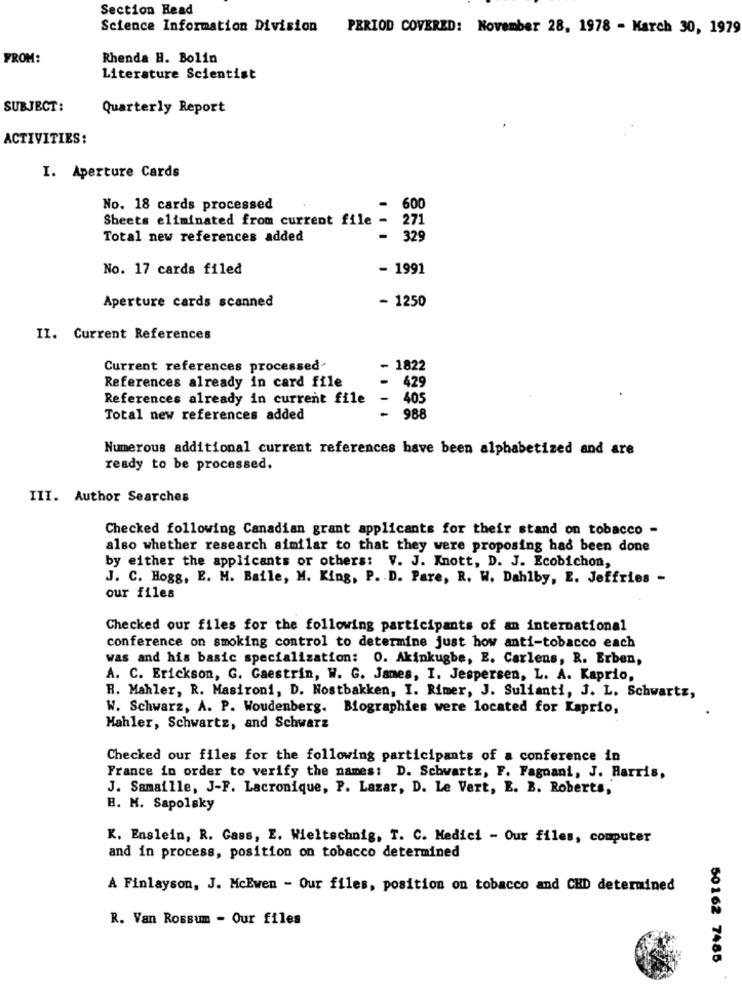
Section Read
Science Information Division PERIOD COVERED: November 28, 1978 - March 30, 1979
FROM:
Rhenda H. Bolin
Literature Scientist
SUBJECT:
Quarterly Report
ACTIVITIES:
I. Aperture Cards
No. 18 cards processed
600
Sheets eliminated from current file -
271
Total new references added
329
No. 17 cards filed
- 1991
Aperture cards scanned
- 1250
II. Current References
Current references processed-
- 1822
References already in card file
429
References already in current file
405
988
Total new references added
Numerous additional current references have been alphabetized and are
ready to be processed.
III. Author Searches
Checked following Canadian grant applicants for their stand on tobacco -
also whether research similar to that they were proposing had been done
by either the applicants or others: V. J. Knott, D. J. Ecobichon,
J. C. Hogg, E. M. Baile, M. King, P. D. Pare, R. W. Dahlby, E. Jeffries -
our files
Checked our files for the following participants of an international
conference on smoking control to determine just how anti-tobacco each
was and his basic specialization: 0. Akinkugbe, E. Carlens, R. Erben,
A. C. Erickson, G. Gaestrin, W. G. James, I. Jespersen, L. A. Kaprio,
H. Mahler, R. Masironi, D. Nostbakken, I. Rimer, J. Sulianti, J. L. Schwartz,
W. Schwarz, A. P. Woudenberg. Biographies were located for Kaprio,
Mahler, Schwartz, and Schwarz
Checked our files for the following participants of a conference in
France in order to verify the names: D. Schwartz, F. Fagnani, J. Harris,
J. Samaille, J-F. Lacronique, P. Lazar, D. Le Vert, E. B. Roberts,
B. M. Sapolsky
K. Enslein, R. Gass, E. Wieltschnig, T. C. Medici - Our files, computer
and in process, position on tobacco determined
A Finlayson, J. McEwen - Our files, position on tobacco and CHD determined
R. Van Rossum - Our files
50162 7485